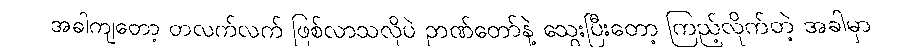
အခါကျတော့ တလက်လက် ဖြစ်လာသလိုပဲ ဉာဏ်တော်နဲ့ သွေးပြီးတော့ ကြည့်လိုက်တဲ့ အခါမှာ